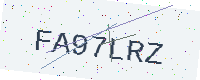
Text: FA97LRZ